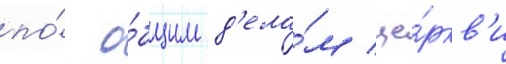
по́ о́бщим д'ела́м це́ркв'и